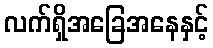
လက်ရှိအခြေအနေနှင့်